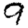
Digit: 9